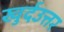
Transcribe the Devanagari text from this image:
खुर्दउत्तर